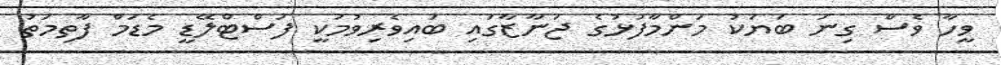
ވީހާ ވެސް ގިނަ ބަޔަކު މަންމާފުޅުގެ ޖަނާޒާގައި ބައިވެރިވުމަކީ ފަސްޓްލޭޑީ މެޑަމް ފާތިމަތު